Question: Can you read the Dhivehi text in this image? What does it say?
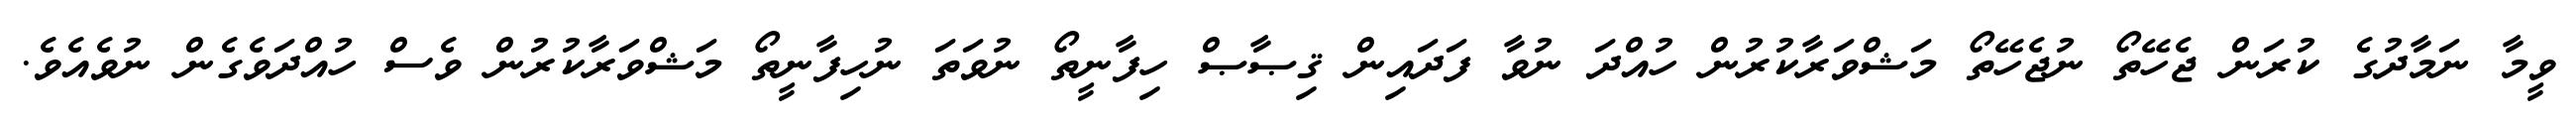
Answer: ވީމާ ނަމާދުގެ ކުރަން ޖެހޭތޯ ނުޖެހޭތޯ މަޝްވަރާކުރުން ހުއްދަ ނުވާ ފަދައިން ޤިޞާޞް ހިފާނީތޯ ނުވަތަ ނުހިފާނީތޯ މަޝްވަރާކުރުން ވެސް ހުއްދަވެގެން ނުވެއެވެ.